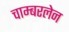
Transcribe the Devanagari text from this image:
चाम्बरलेन